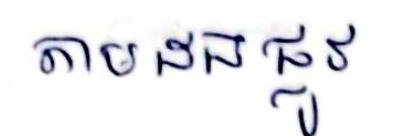
តាមដងផ្លូវ